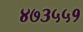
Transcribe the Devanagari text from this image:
४७३५५१